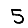
Digit: 5